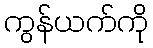
ကွန်ယက်ကို